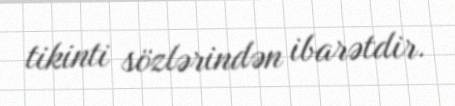
tikinti sözlərindən ibarətdir.